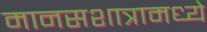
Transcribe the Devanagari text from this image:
मानसशात्रामध्ये